38_143685_box_Incident_Summaries_173-233
Agency: Department of War
Page 13
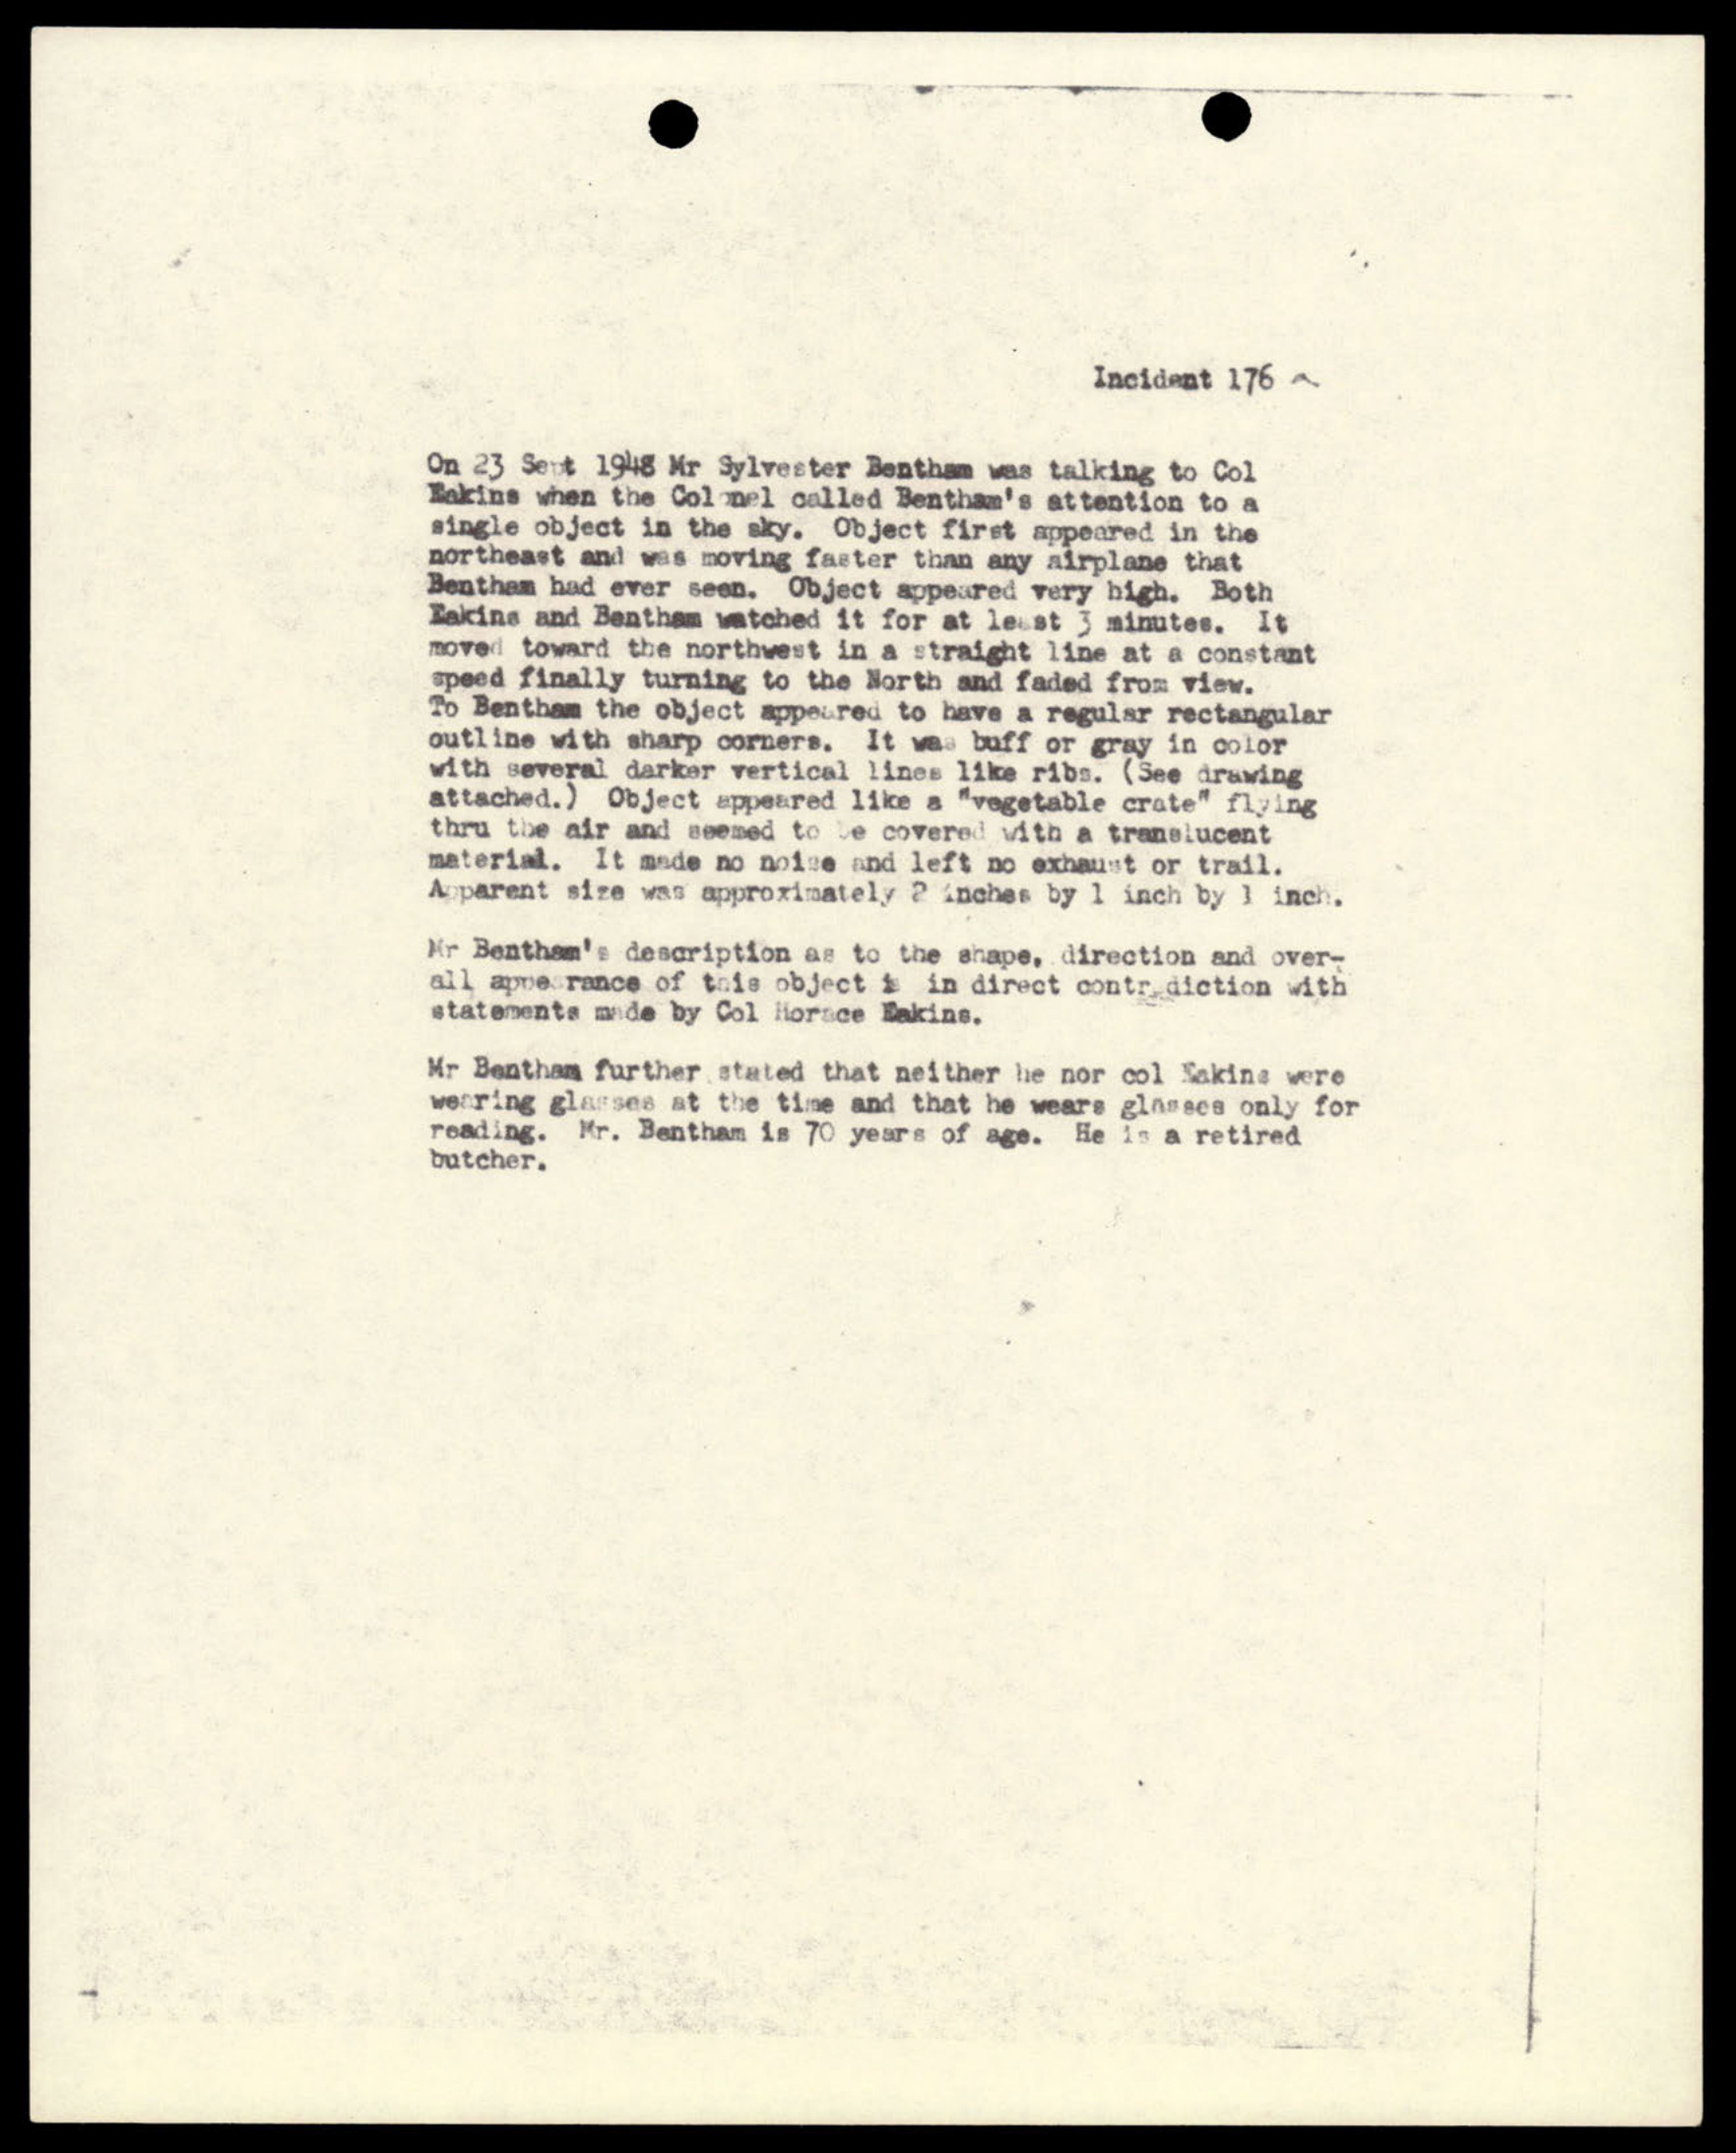